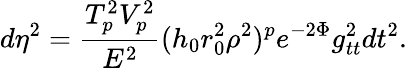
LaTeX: d\eta^{2}={\frac{T_{p}^{2}V_{p}^{2}}{E^{2}}}(h_{0}r_{0}^{2}\rho^{2})^{p}e^{-2\Phi}g_{tt}^{2}dt^{2}.